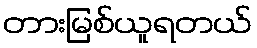
တားမြစ်ယူရတယ်